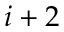
i + 2